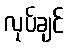
လုပ်ချင်